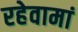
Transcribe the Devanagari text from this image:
रहेवामां